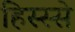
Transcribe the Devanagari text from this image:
हिस्‍स्‍से